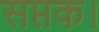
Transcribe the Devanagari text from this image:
सप्तक।